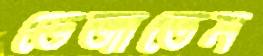
ভেজাতেম